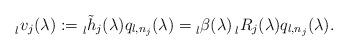
LaTeX: \begin{align*} \prescript{}{l}{v}_j(\lambda) := \prescript{}{l}{\tilde{h}}_j(\lambda) q_{l,n_j}(\lambda)=\prescript{}{l}{\beta}(\lambda) \prescript{}{l}{R}_j(\lambda)q_{l,n_j}(\lambda).\end{align*}